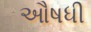
ઔષધી